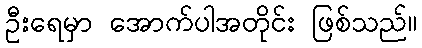
ဦးရေမှာ အောက်ပါအတိုင်း ဖြစ်သည်။